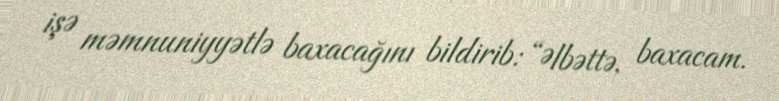
işə məmnuniyyətlə baxacağını bildirib: “Əlbəttə, baxacam.